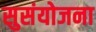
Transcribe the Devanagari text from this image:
सुसंयोजना